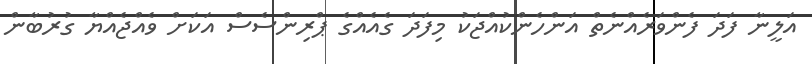
އަލީނާ ފަދަ ފެންވަރެއްނެތް އަންހެންކުއްޖަކު މިފަދަ ގެއެއްގެ ޕްރިންސެސް އަކަށް ވެއްޖެއްޔާ ގުރުބާން